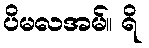
ပိမလအမ်။ ရိ